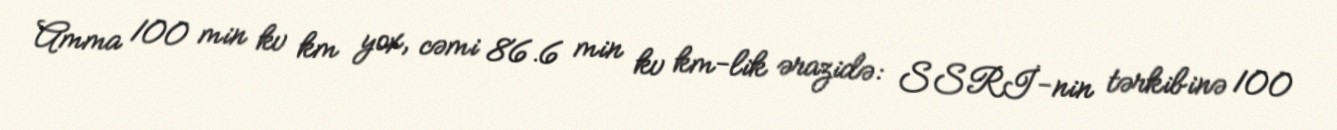
Amma 100 min kv km yox, cəmi 86.6 min kv km-lik ərazidə: SSRİ-nin tərkibinə 100